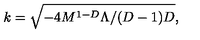
k = \sqrt { - 4 M ^ { 1 - D } \Lambda / ( D - 1 ) D } ,